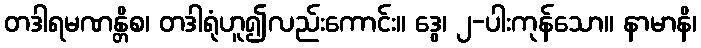
တဒါရမဏန္တိစ၊ တဒါရုံဟူ၍လည်းကောင်း။ ဒွေ၊ ၂-ပါးကုန်သော။ နာမာနိ၊